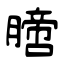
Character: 膪